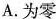
A.为零